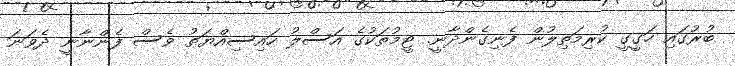
ބުރުގައި ހަގީގީ ކުރިމަތިލުން ފެނިގެންދާނީ. ޓީމުތަކުގެ އަސްލު ހައިސިއްޔަތު ވެސް ފެންނާނީ ދެވަނަ